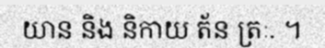
យាន និង និកាយ ត័ន ត្រៈ. ។